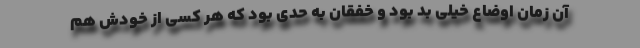
آن زمان اوضاع خیلی بد بود و خفقان به حدی بود که هر کسی از خودش هم